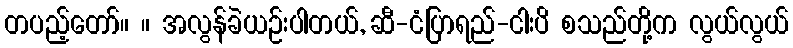
တပည့်တော်။ ။ အလွန်ခဲယဉ်းပါတယ်, ဆီ-ငံပြာရည်-ငါးပိ စသည်တို့က လွယ်လွယ်